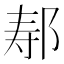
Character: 𫜷